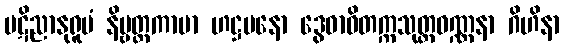
ပဋိညာနုရူပံ နိဗ္ဗတ္တကာမာ ဟဋ္ဌမနော ဒွေဓာဝိတက္ကသုတ္တဝဏ္ဏနာ ဂိဟိနာ